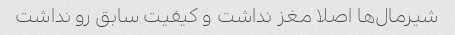
شیرمال‌ها اصلا مغز نداشت و کیفیت سابق رو نداشت